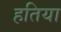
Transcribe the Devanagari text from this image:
हतिया